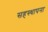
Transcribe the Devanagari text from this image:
सहस्थापना